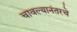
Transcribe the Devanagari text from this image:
चावल्यानंतरचे